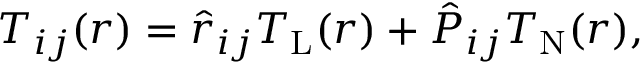
T _ { i j } ( r ) = \hat { r } _ { i j } T _ { \mathrm { L } } ( r ) + \hat { P } _ { i j } T _ { \mathrm { N } } ( r ) ,